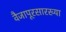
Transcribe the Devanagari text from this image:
वैजापूरसारख्या